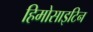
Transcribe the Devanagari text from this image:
हिमोसाइटिन